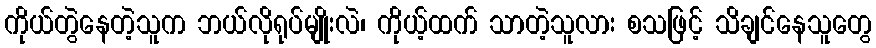
ကိုယ်တွဲနေတဲ့သူက ဘယ်လိုရုပ်မျိုးလဲ၊ ကိုယ့်ထက် သာတဲ့သူလား စသဖြင့် သိချင်နေသူတွေ